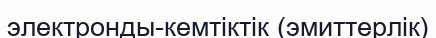
электронды-кемтіктік (эмиттерлік)